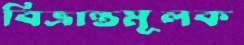
বিভ্রান্তমূলক